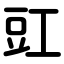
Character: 豇